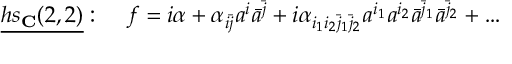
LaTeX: \underline { { { h s _ { \bf C } ( 2 , 2 ) } } } : \; \; \; \; f = i \alpha + \alpha _ { i \bar { j } } a ^ { i } \bar { a } ^ { \bar { j } } + i \alpha _ { i _ { 1 } i _ { 2 } \bar { j } _ { 1 } \bar { j } _ { 2 } } a ^ { i _ { 1 } } a ^ { i _ { 2 } } \bar { a } ^ { \bar { j } _ { 1 } } \bar { a } ^ { \bar { j } _ { 2 } } + \ldots